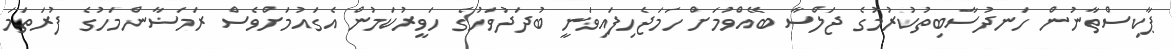
ޕާކިސްތާނުން ހަނދުސާބިތުކުރުމުގެ ޖަލްސާ ބޭއްވުމަށް ހަމަޖެހިފައިވަނީ ބުދަދުވަހުގެ ހަވީރުކަމުން އެގައުމަށްވެސް ރަމަޟާންމަހުގެ ފުރަތަމަ